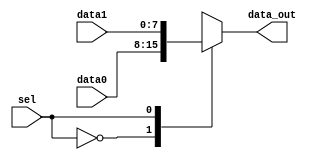
`timescale 1ns / 1ps
//////////////////////////////////////////////////////////////////////////////////
// Company: 
// Engineer: 
// 
// Design Name: 
// Module Name:    ctrl_data_mux 
// Project Name: 
// Target Devices: 
// Tool versions: 
// Description: 
//
// Dependencies: 
//
// Revision: 
// Revision 0.01 - File Created
// Additional Comments: 
//
//////////////////////////////////////////////////////////////////////////////////
module ctrl_data_mux(
   input [7:0] data0,
	input [7:0] data1,
	output [7:0] data_out,
	input sel
    );
	
	reg [7:0] data_s;
	assign data_out =  data_s;
	
	always @(*)
	begin
		case(sel)
			1'b0: data_s = data0;
			1'b1: data_s = data1;
		endcase
	end

endmodule